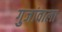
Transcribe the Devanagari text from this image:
गुजांवाला